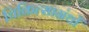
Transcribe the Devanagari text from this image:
चिकित्साग्रंथों